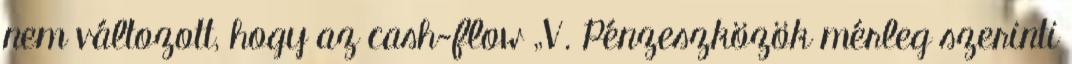
nem változott, hogy az cash-flow „V. Pénzeszközök mérleg szerinti